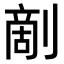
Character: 𠞶